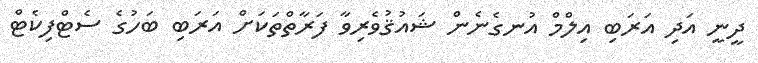
ދީނީ އަދި އަރަބި އިލްމް އުނގެނެން ޝައުޤުވެރިވާ ފަރާތްތަކަށް އަރަބި ބަހުގެ ސެޓްފިކެޓް